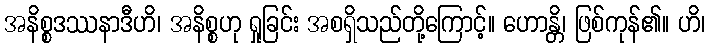
အနိစ္စဒဿနာဒီဟိ၊ အနိစ္စဟု ရှုခြင်း အစရှိသည်တို့ကြောင့်။ ဟောန္တိ၊ ဖြစ်ကုန်၏။ ဟိ၊